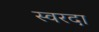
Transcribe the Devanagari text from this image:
स्वरदा